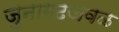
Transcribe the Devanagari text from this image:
जुनागढजवळ